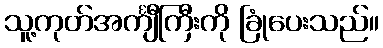
သူ့ကုတ်အင်္ကျီကြီးကို ခြုံပေးသည်။